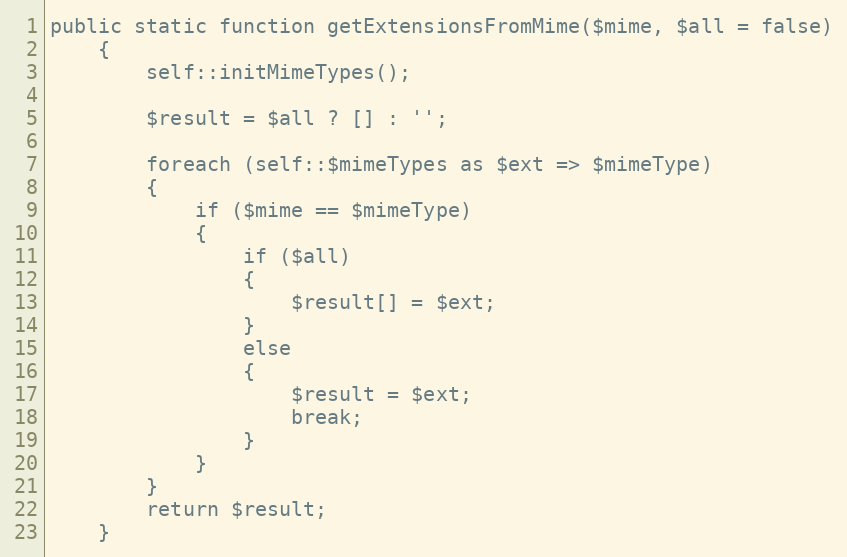
Language: PHP
public static function getExtensionsFromMime($mime, $all = false)
    {
        self::initMimeTypes();

        $result = $all ? [] : '';

        foreach (self::$mimeTypes as $ext => $mimeType)
        {
            if ($mime == $mimeType)
            {
                if ($all)
                {
                    $result[] = $ext;
                }
                else
                {
                    $result = $ext;
                    break;
                }
            }
        }
        return $result;
    }